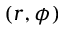
( r , \phi )